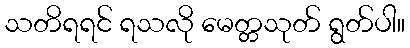
သတိရရင် ရသလို မေတ္တသုတ် ရွတ်ပါ။